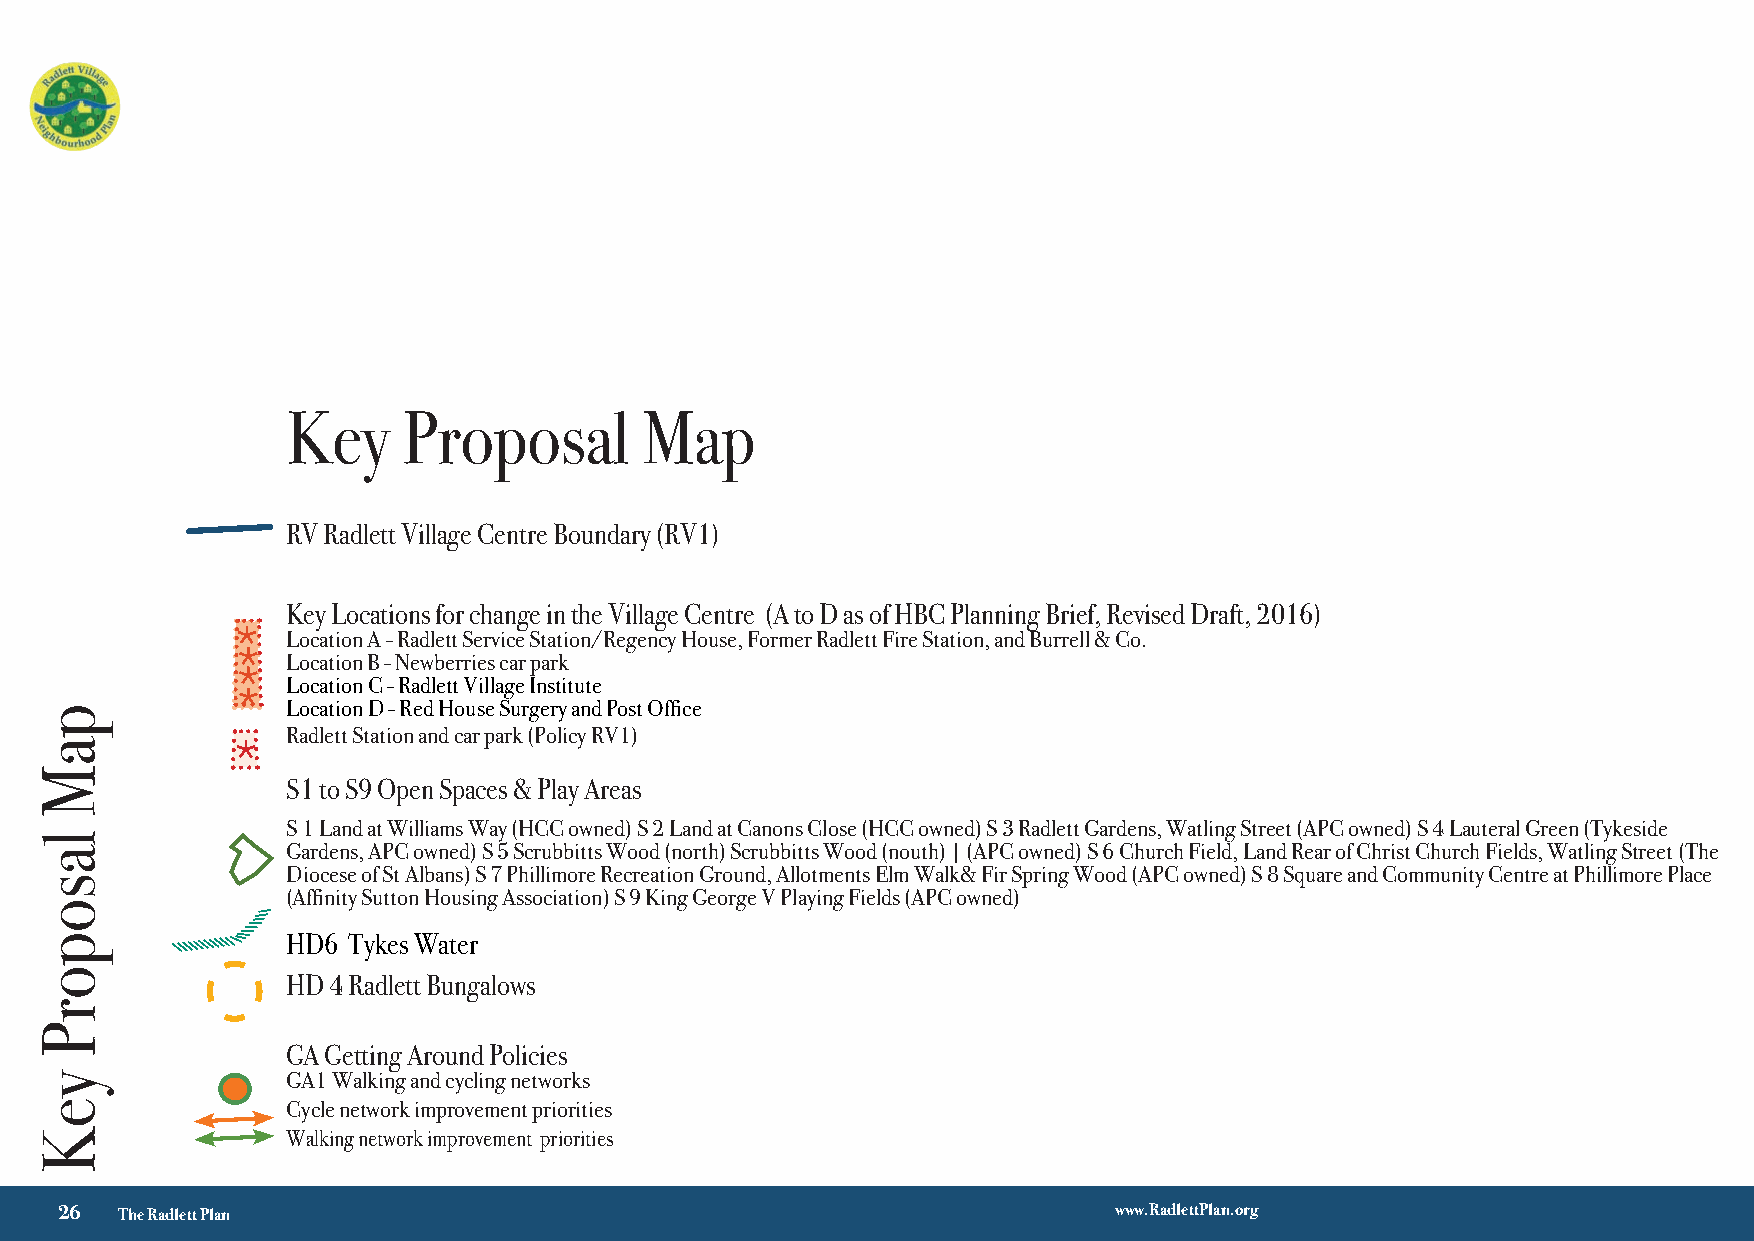
Key     Proposal        Map
 RV Radlett Village Centre Boundary (RV1)
 Key Locations for change in the Village Centre (A to D as of HBC Planning Brief, Revised Draft, 2016)
 *  Location A - Radlett Service Station/Regency House, Former Radlett Fire Station, and Burrell & Co.
 *  Location B - Newberries car park
 *  Location C - Radlett Village Institute
 *
 Location D - Red House Surgery and Post Office
 Radlett Station and car park (Policy RV1)
 *
 S1 to S9 Open Spaces & Play Areas
 S 1 Land at Williams Way (HCC owned) S 2 Land at Canons Close (HCC owned) S 3 Radlett Gardens, Watling Street (APC owned) S 4 Lauteral Green (Tykeside
 Gardens, APC owned) S 5 Scrubbitts Wood (north) Scrubbitts Wood (nouth) | (APC owned) S 6 Church Field, Land Rear of Christ Church Fields, Watling Street (The
 Diocese of St Albans) S 7 Phillimore Recreation Ground, Allotments Elm Walk& Fir Spring Wood (APC owned) S 8 Square and Community Centre at Phillimore Place
 (Affinity Sutton Housing Association) S 9 King George V Playing Fields (APC owned)
 HD6 Tykes Water
 HD 4 Radlett Bungalows
 GA Getting Around Policies
 GA1 Walking and cycling networks
 Cycle network improvement priorities
 Walking network improvement priorities
 √ 3
 26  The Radlett Plan                                                  www.RadlettPlan.org
 paM
 lasoporP
 yeK